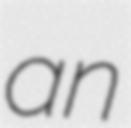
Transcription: an